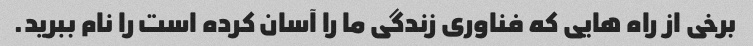
برخی از راه هایی که فناوری زندگی ما را آسان کرده است را نام ببرید.